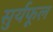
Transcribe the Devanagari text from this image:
सुर्यफूल